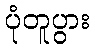
ပုံတူပွား